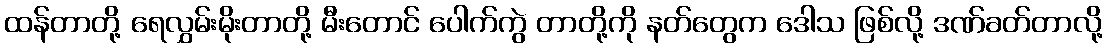
ထန်တာတို့ ရေလွှမ်းမိုးတာတို့ မီးတောင် ပေါက်ကွဲ တာတို့ကို နတ်တွေက ဒေါသ ဖြစ်လို့ ဒဏ်ခတ်တာလို့